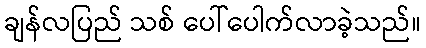
ချန်လပြည် သစ် ပေါ်ပေါက်လာခဲ့သည်။